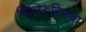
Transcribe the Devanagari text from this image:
बिलिरुबिनचा